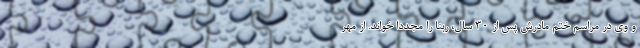
و وی در مراسم ختم مادرش پس از ۳۰ سال، ربنا را مجددا خواند. از مهر